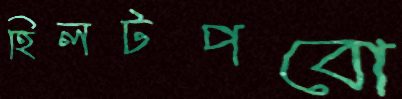
হিলটপবো